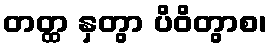
တတ္ထ နှတွာ ပိဝိတွာစ၊